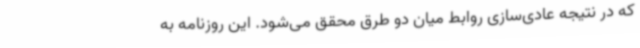
که در نتیجه عادی‌سازی روابط میان دو طرق محقق می‌شود. این روزنامه به